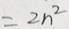
= 2 n ^ { 2 }